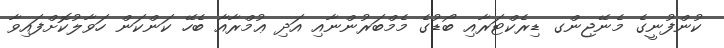
ކުންފުނީގެ މެނޭޖިންގ ޑިރެކްޓަރާއި ބޯޑުގެ މެމްބަރުންނާއި އަދި ޢުމްރާއާ ބެހޭ ކަންކަން ހަވާލުކޮށްފައިވާ